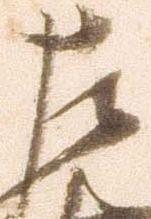
左